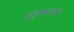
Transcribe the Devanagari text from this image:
गृहस्थांची